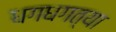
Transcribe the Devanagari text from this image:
धगधगत्या